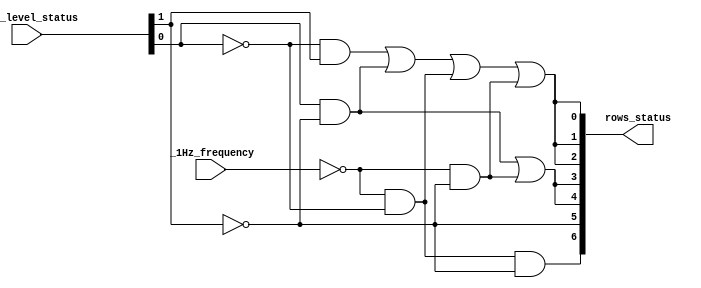
/* Outputs the image of column 2 to water tank level */

module water_tank_level_decoder_column2
(
	input  wire       _1Hz_frequency,
	input  wire [1:0] tank_level_status,
	output wire [6:0] rows_status
);
	wire [1:0] inv_tank_level;
	wire inv_clk;
	wire [3:0] aux;
	
	not inv0(inv_tank_level[0], tank_level_status[0]);
	not inv1(inv_tank_level[1], tank_level_status[1]);
	not inv2(inv_clk, _1Hz_frequency);
	
	// Row 0
	and and0(aux[0], inv_tank_level[0], tank_level_status[1]);
	and and1(aux[1], tank_level_status[0], inv_tank_level[1]);//
	and and2(aux[2], inv_clk, inv_tank_level[0]);
	and and3(aux[3], inv_clk, inv_tank_level[1]);
	
	or  row0_status(rows_status[0], aux[0], aux[1], aux[2], aux[3]);
	// Row 1
	or  row1_status(rows_status[1], rows_status[0], rows_status[0]);
	
	// Row 2
	or  row2_status(rows_status[2], rows_status[0], rows_status[0]);
	
	// Row 3
	or  row3_status(rows_status[3], aux[1], aux[3]);
	
	// Row 4
	or  row4_status(rows_status[4], aux[1], aux[3]);
	
	// Row 5
	or  row5_status(rows_status[5], inv_tank_level[1], inv_tank_level[1]);
	
	// Row 6
	and row6_status(rows_status[6], inv_clk, inv_tank_level[0], inv_tank_level[1]);

endmodule